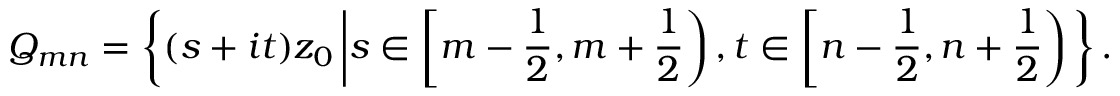
Q _ { m n } = \left\{ ( s + i t ) z _ { 0 } \left\vert s \in \left[ m - { \frac { 1 } { 2 } } , m + { \frac { 1 } { 2 } } \right) , t \in \left[ n - { \frac { 1 } { 2 } } , n + { \frac { 1 } { 2 } } \right) \right. \right\} .